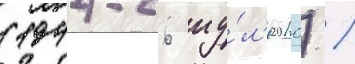
(1944-26 иу́л'я 2010) /